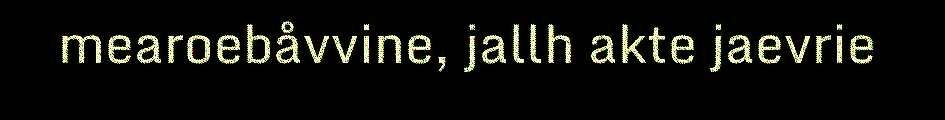
mearoebåvvine, jallh akte jaevrie